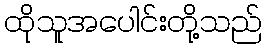
ထိုသူအပေါင်းတို့သည်